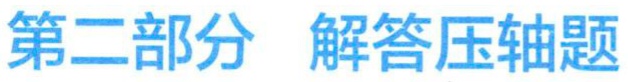
第二部分 解答压轴题